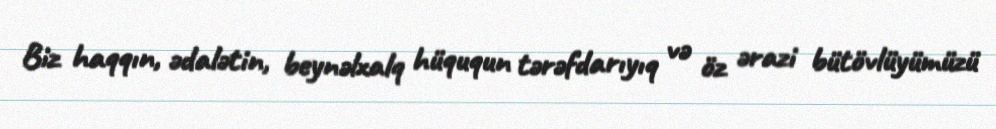
Biz haqqın, ədalətin, beynəlxalq hüququn tərəfdarıyıq və öz ərazi bütövlüyümüzü